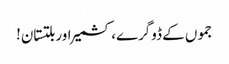
جموں کے ڈوگرے، کشمیر اور بلتستان!